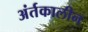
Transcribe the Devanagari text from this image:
अंर्तकालीन